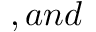
, a n d